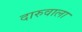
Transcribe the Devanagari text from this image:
दारुवाला